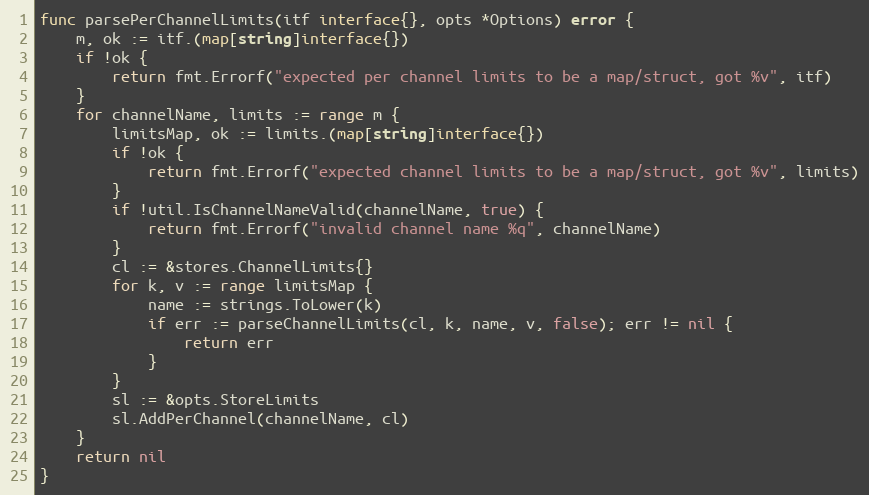
Language: Go
func parsePerChannelLimits(itf interface{}, opts *Options) error {
	m, ok := itf.(map[string]interface{})
	if !ok {
		return fmt.Errorf("expected per channel limits to be a map/struct, got %v", itf)
	}
	for channelName, limits := range m {
		limitsMap, ok := limits.(map[string]interface{})
		if !ok {
			return fmt.Errorf("expected channel limits to be a map/struct, got %v", limits)
		}
		if !util.IsChannelNameValid(channelName, true) {
			return fmt.Errorf("invalid channel name %q", channelName)
		}
		cl := &stores.ChannelLimits{}
		for k, v := range limitsMap {
			name := strings.ToLower(k)
			if err := parseChannelLimits(cl, k, name, v, false); err != nil {
				return err
			}
		}
		sl := &opts.StoreLimits
		sl.AddPerChannel(channelName, cl)
	}
	return nil
}